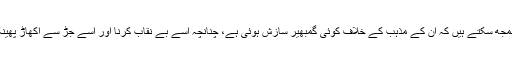
عام شہری یہی سمجھ سکتے ہیں کہ ان کے مذہب کے خلاف کوئی گمبھیر سازش ہوئی ہے، چنانچہ اسے بے نقاب کرنا اور اسے جڑ سے اکھاڑ پھینکنا ضروری ہے۔